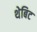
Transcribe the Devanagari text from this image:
थेबिट